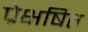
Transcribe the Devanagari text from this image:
प्रेक्षषित